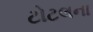
ટોટલના